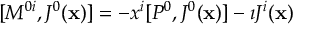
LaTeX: [ M ^ { 0 i } , J ^ { 0 } ( { \bf x } ) ] = - x ^ { i } [ P ^ { 0 } , J ^ { 0 } ( { \bf x } ) ] - \imath J ^ { i } ( { \bf x } )